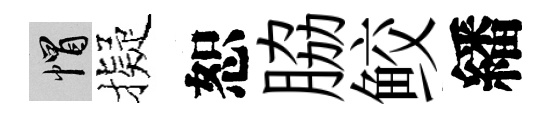
帽擬恕脇鲛繙